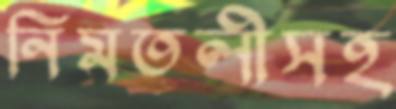
নিমতলীসহ